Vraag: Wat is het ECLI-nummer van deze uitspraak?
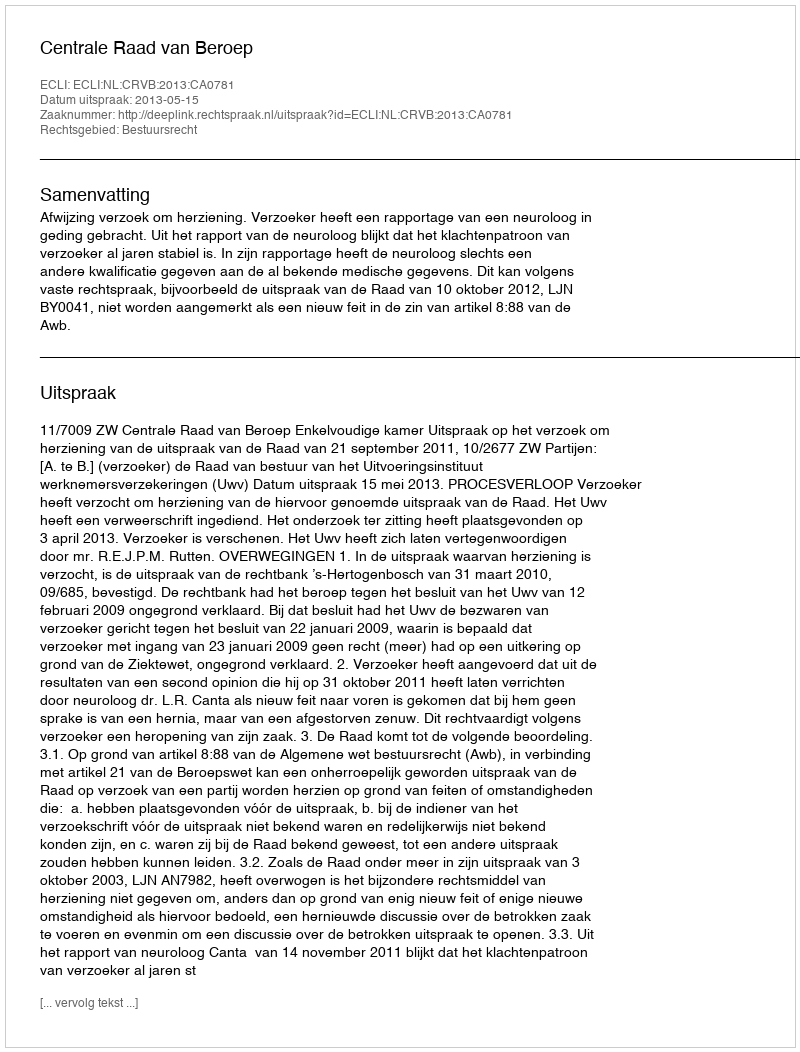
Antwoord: ECLI:NL:CRVB:2013:CA0781